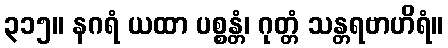
၃၁၅။ နဂရံ ယထာ ပစ္စန္တံ၊ ဂုတ္တံ သန္တရဗာဟိရံ။